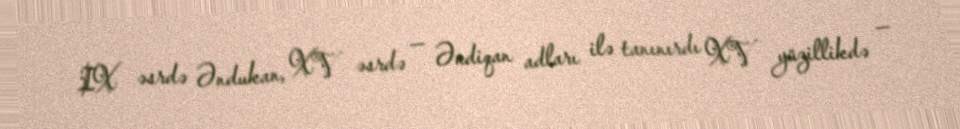
IX əsrdə Əndukan, XV əsrdə — Əndiqan adları ilə tanınırdı XV yüzillikdə —